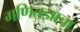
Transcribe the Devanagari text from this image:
गणितज्ञाचा